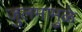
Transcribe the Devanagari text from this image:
जुलमामुळे